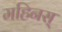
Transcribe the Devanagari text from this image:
महिनस्